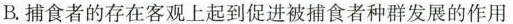
B.捕食者的存在客观上起到促进被捕食者种群发展的作用